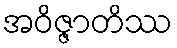
အဝိဇ္ဇာတိဿ